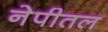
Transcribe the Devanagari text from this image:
नेपीतल